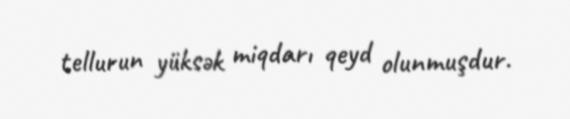
tellurun yüksək miqdarı qeyd olunmuşdur.